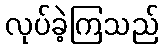
လုပ်ခဲ့ကြသည်